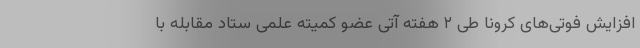
افزایش فوتی‌های کرونا طی ۲ هفته آتی عضو کمیته علمی ستاد مقابله با